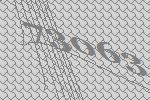
73063